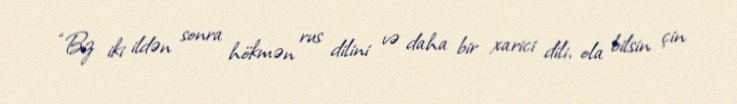
“Biz iki ildən sonra hökmən rus dilini və daha bir xarici dili, ola bilsin çin